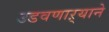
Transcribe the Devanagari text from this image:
उडवणाऱ्याने